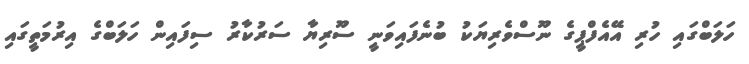
ހަލަބްގައި ހުރި އޭއެފްޕީގެ ނޫސްވެރިޔަކު ބުނެފައިވަނީ ސޫރިޔާ ސަރުކާރު ސިފައިން ހަލަބްގެ އިރުމަތީގައި